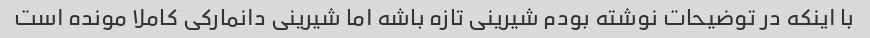
با اینکه در توضیحات نوشته بودم شیرینی تازه باشه اما شیرینی دانمارکی کاملا مونده است